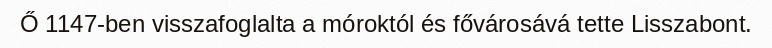
Ő 1147-ben visszafoglalta a móroktól és fővárosává tette Lisszabont.